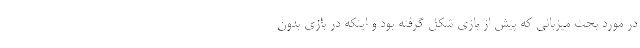
در مورد بحث میزبانی که پیش از بازی شکل گرفته بود و اینکه در بازی بدون